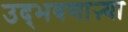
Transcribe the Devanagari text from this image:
उद्‌भवणाऱ्या